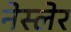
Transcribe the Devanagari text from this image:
नेस्लेर